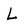
Character: L